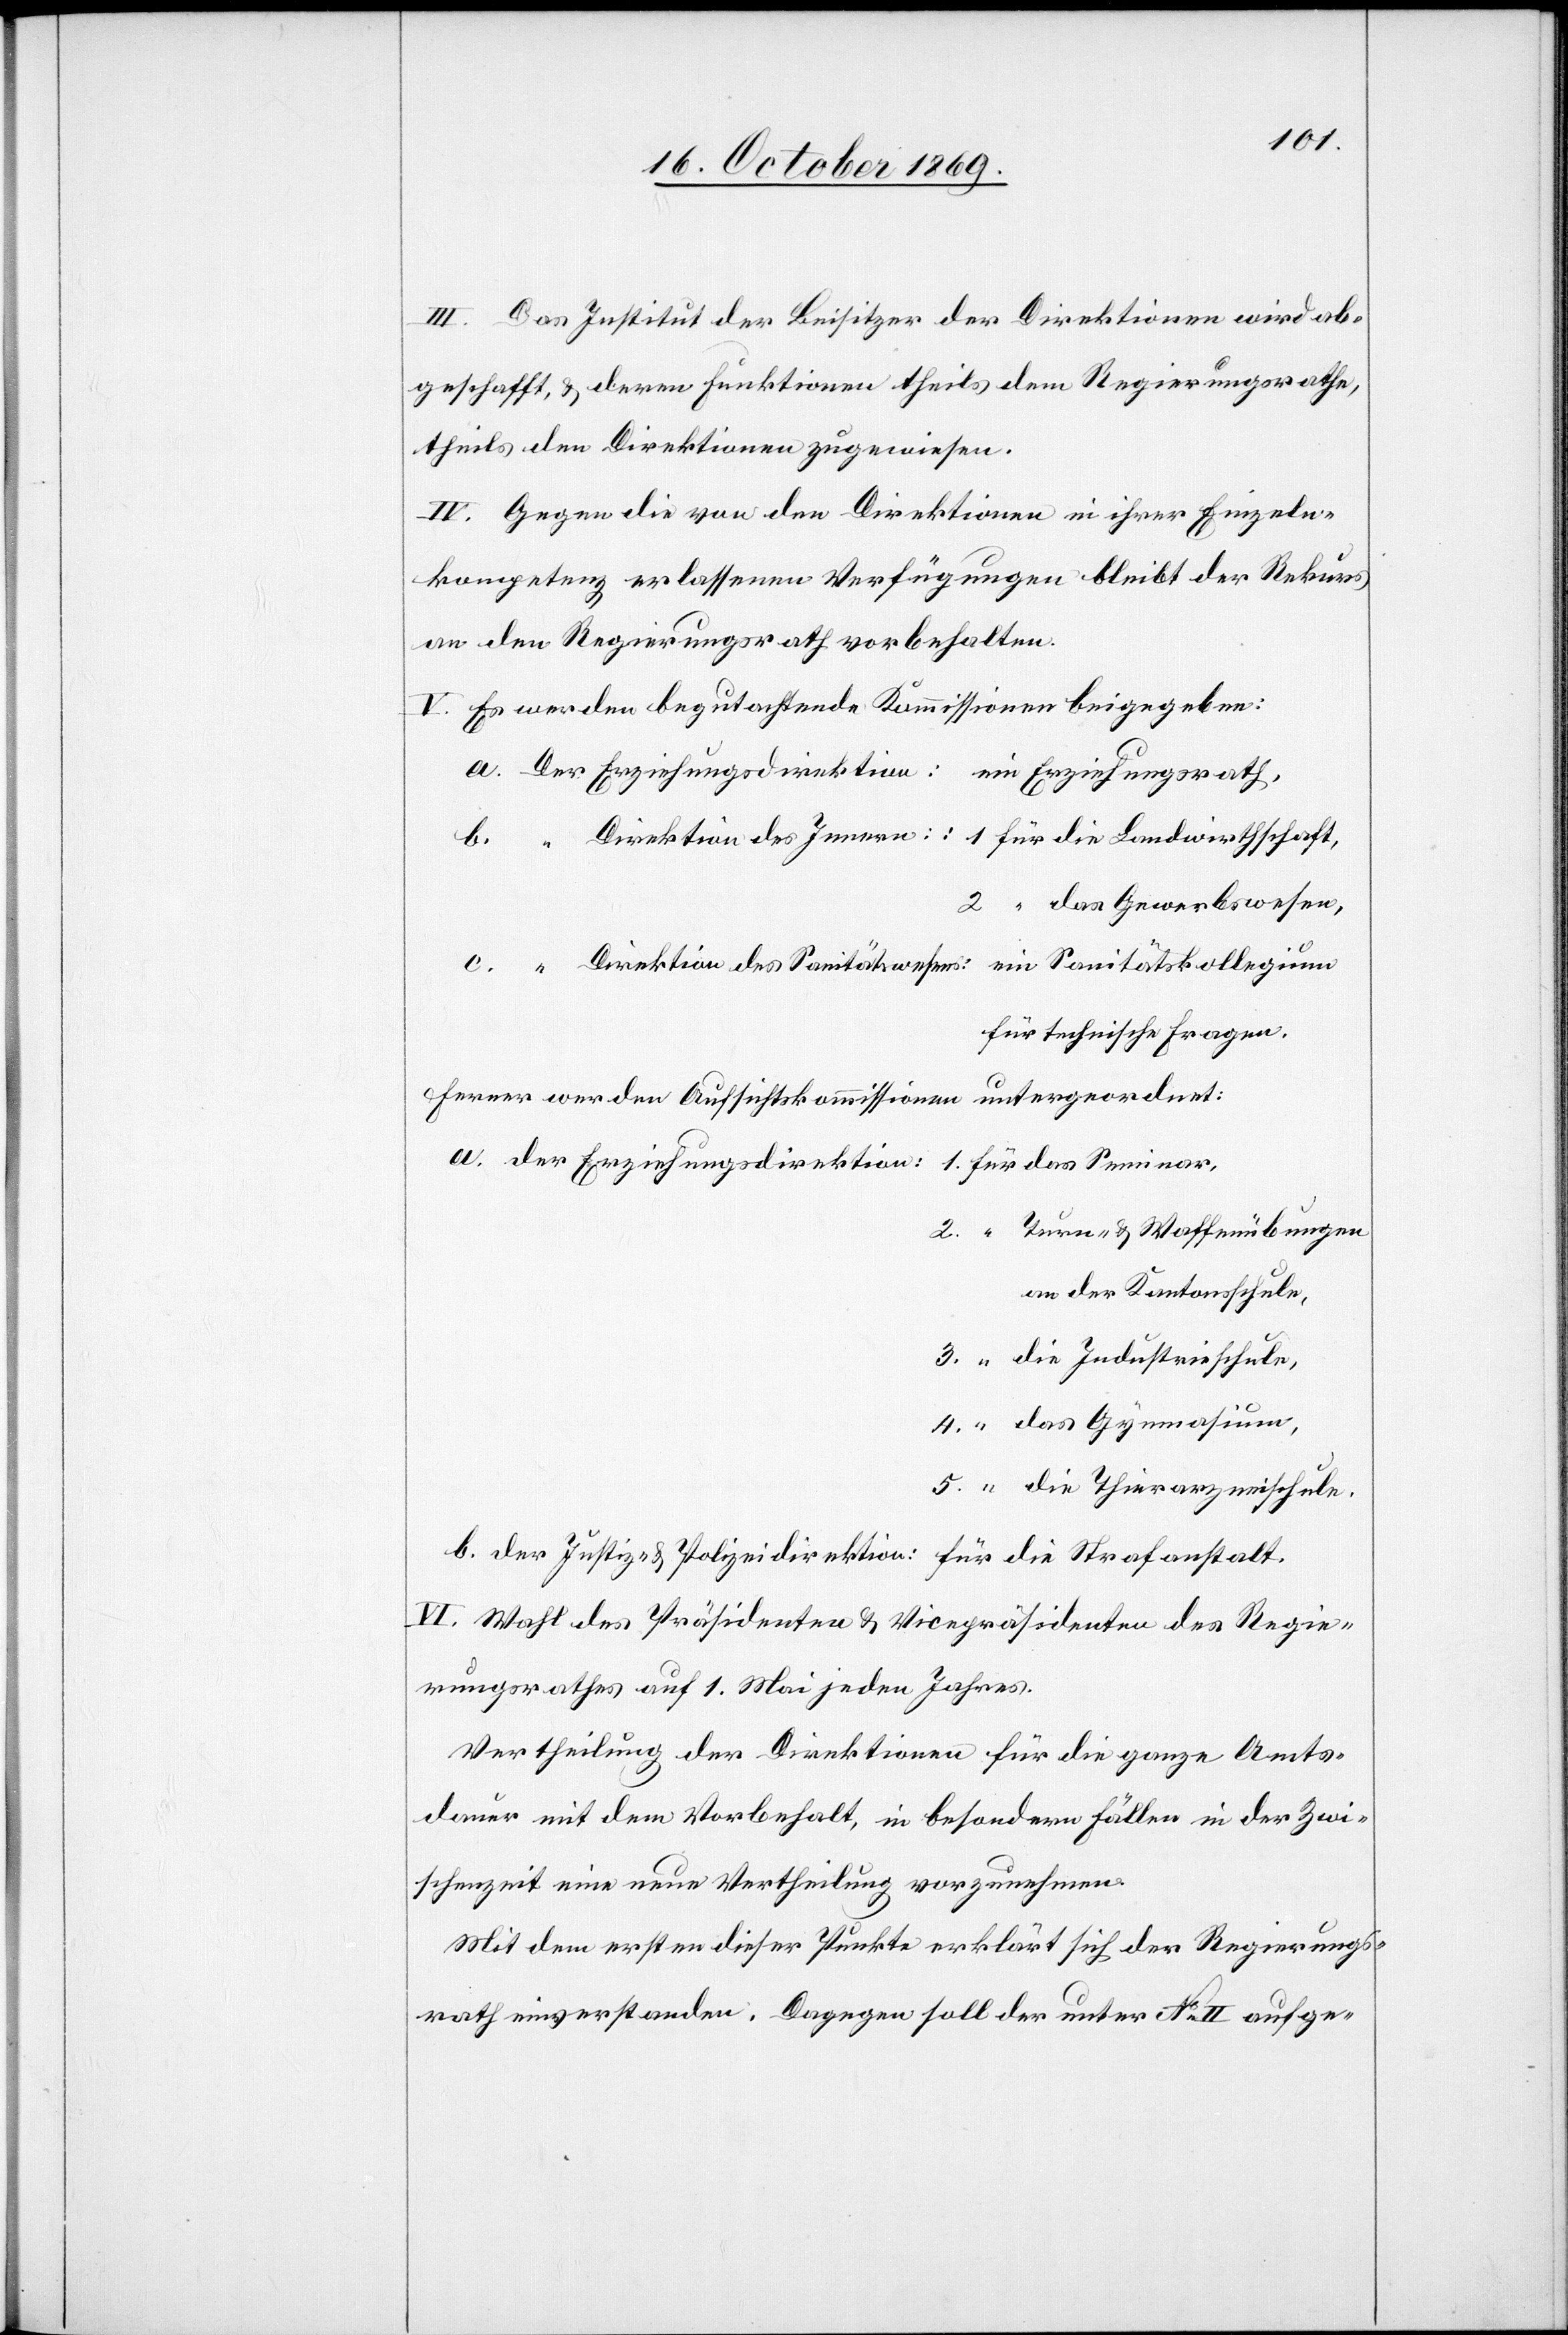
III. Das Institut der Beisitzer der Direktionen wird ab¬
geschafft, & deren Funktionen theils dem Regierungsrathe,
theils den Direktionen zugewiesen.
IV. Gegen die von den Direktionen in ihrer Einzeln¬
kompetenz erlassenen Verfügungen bleibt der Rekurs
an den Regierungsrath vorbehalten.
V. Es werden begutachtende Kommissionen beigegeben:
das Gewerbswesen,
c.
für technische Fragen.
Ferner werden Aufsichtskommissionen untergeordnet:
der Erziehungsdirektion:
1. für das Seminar,
2. “ Turn- & Waffenübungen
3. “ die Industrieschule,
4. “ das Gymnasium,
5. “ die Thierarzneischule.
IV. Wahl des Präsidenten & Vicepräsidenten des Regie¬
rungsrathes auf 1. Mai jeden Jahres.
Vertheilung der Direktionen für die ganze Amts¬
dauer mit dem Vorbehalt, in besondern Fällen in der Zwi¬
schenzeit eine neue Vertheilung vorzunehmen.
Mit dem ersten dieser Punkte erklärt sich der Regierungs¬
rath einverstanden. Dagegen soll der unter No II aufge-